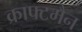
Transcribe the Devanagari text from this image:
क्राफ्टमैन